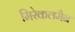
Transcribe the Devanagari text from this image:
मिरेकलमैन